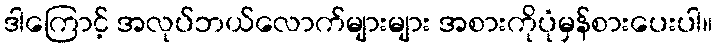
ဒါကြောင့် အလုပ်ဘယ်လောက်များများ အစားကိုပုံမှန်စားပေးပါ။